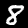
Digit: 8